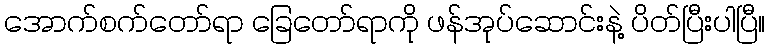
အောက်စက်တော်ရာ ခြေတော်ရာကို ဖန်အုပ်ဆောင်းနဲ့ ပိတ်ပြီးပါပြီ။